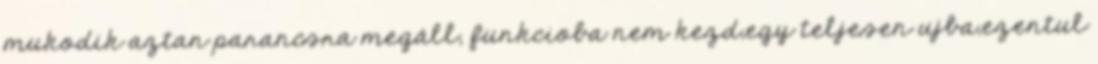
mukodik aztan parancsra megáll, funkcioba nem kezd,egy teljesen ujba,ezentul